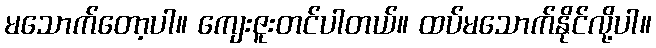
မသောက်တော့ပါ။ ကျေးဇူးတင်ပါတယ်။ ထပ်မသောက်နိုင်လို့ပါ။